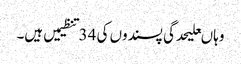
وہاںعلیحدگی پسندوں کی 34تنظیمیں ہیں۔